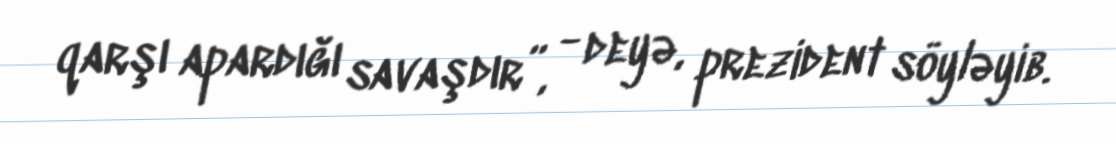
qarşı apardığı savaşdır”, - deyə, prezident söyləyib.